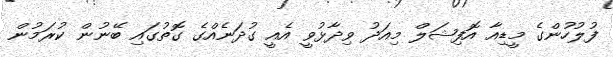
ފުލުހުންގެ މީޑިއާ އޮފިޝަލް މިއަދު ވިދާޅުވީ އެއީ ގުދަނެެއްގެ ގޮތުގައި ބޭނުން ކުރަމުން